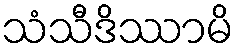
သံသီဒိဿာမိ